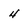
Character: 4